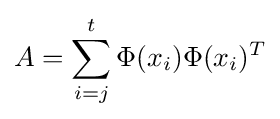
A=\sum _{i=j}^{t}\Phi (x_{i})\Phi (x_{i})^{T}